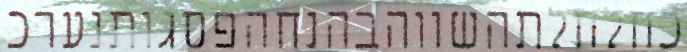
כחלחלתהשווהבהנחהפסגותנערכ